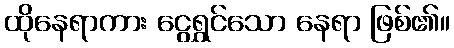
ထိုနေရာကား ငွေရွှင်သော နေရာ ဖြစ်၏။